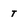
Character: t